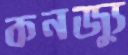
কনজ্যু